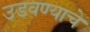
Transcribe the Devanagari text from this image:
उडवण्याचे